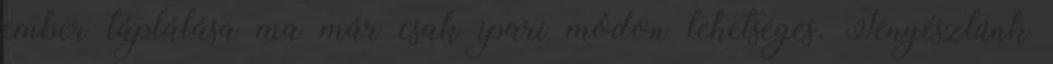
ember táplálása ma már csak ipari módon lehetséges. Tenyésztünk